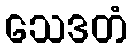
သေဒတံ